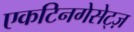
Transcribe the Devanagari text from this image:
एकटिनगेसेट्ज़